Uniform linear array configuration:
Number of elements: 64
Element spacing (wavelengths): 0.25
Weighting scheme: binomial
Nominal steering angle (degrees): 0
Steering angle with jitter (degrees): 1.136
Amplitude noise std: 0.05
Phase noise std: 0.05

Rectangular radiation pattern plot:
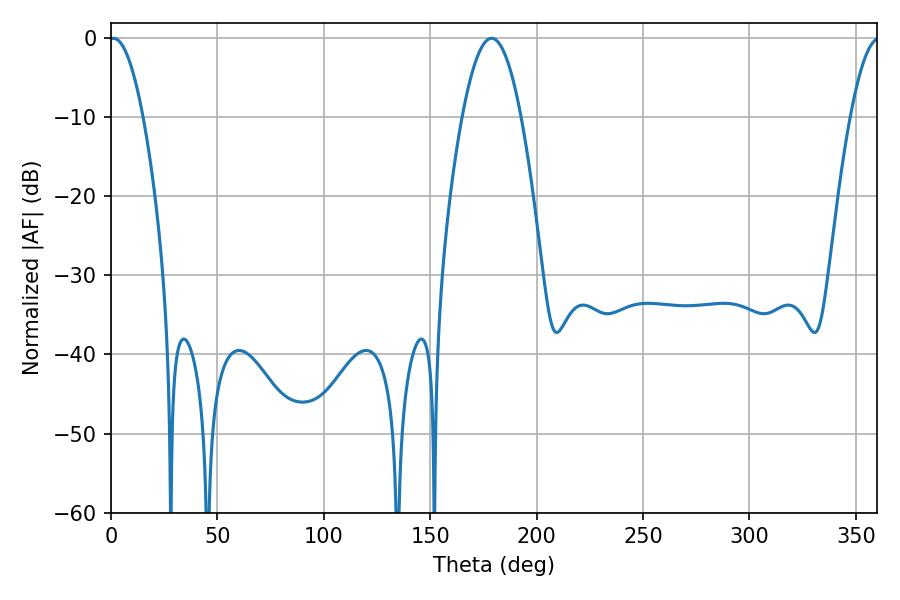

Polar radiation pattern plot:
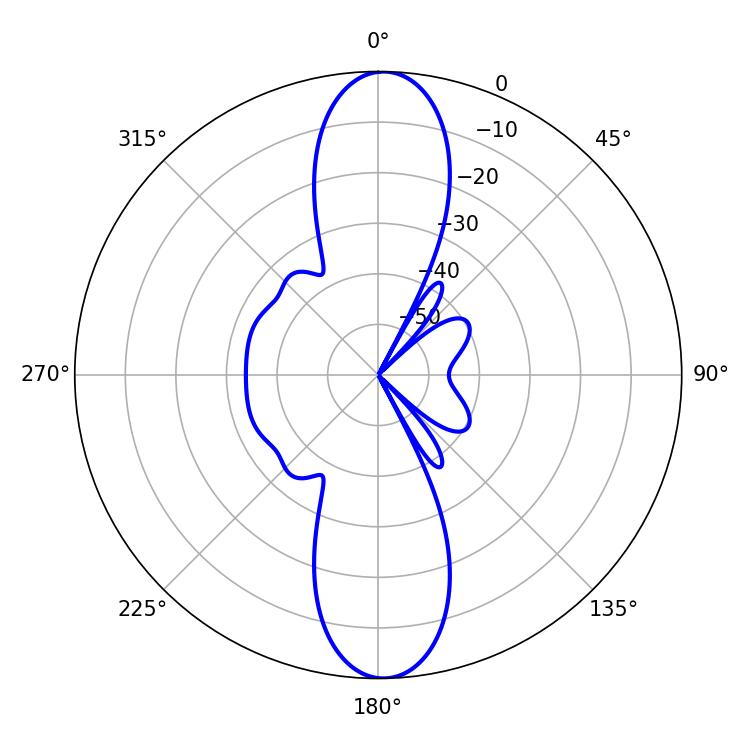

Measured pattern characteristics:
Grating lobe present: FALSE
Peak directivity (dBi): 22.641
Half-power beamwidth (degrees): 8.64
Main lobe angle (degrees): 1.08